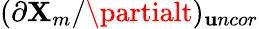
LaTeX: (\partial\mathbf{X}_{m}/\partialt)_{\mathbf{u}ncor}